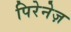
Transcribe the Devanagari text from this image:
पिरेनेज़